65_HS1-834228961_62-HQ-83894_Section_5
Agency: FBI
Page 61
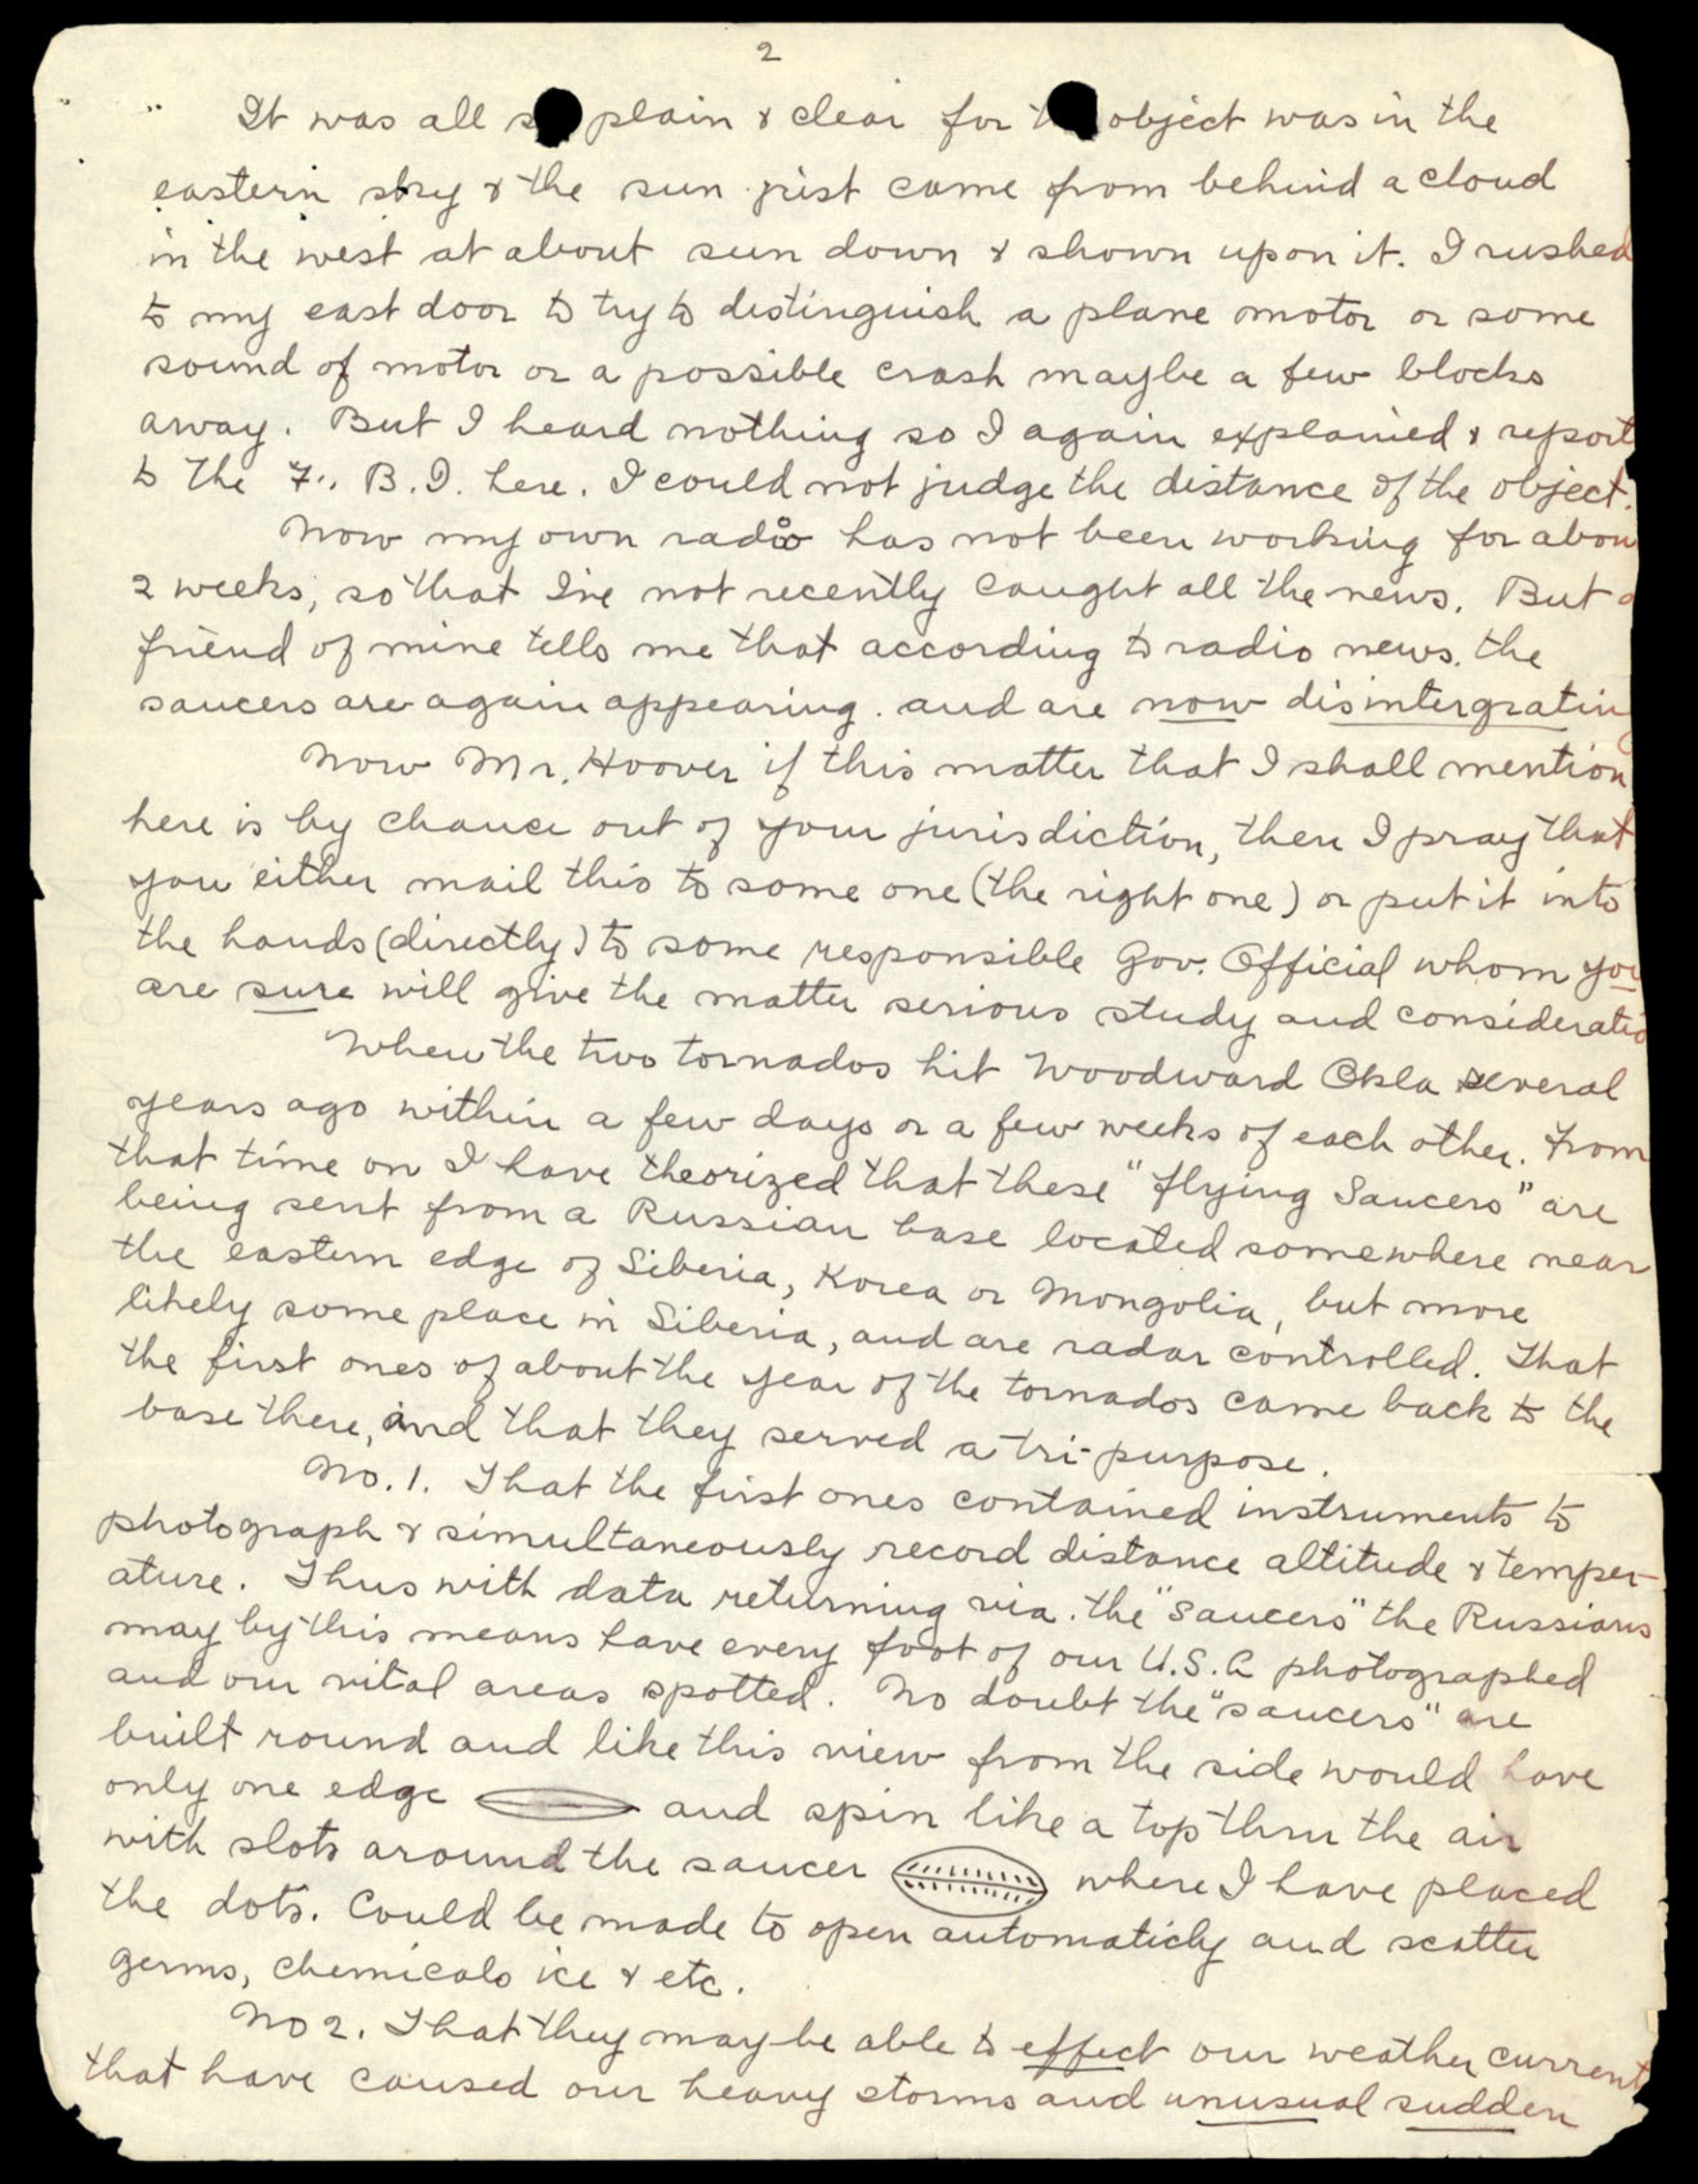